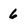
Character: 6